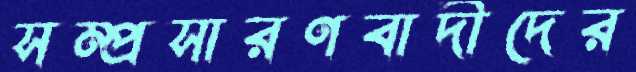
সম্প্রসারণবাদীদের